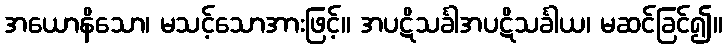
အယောနိသော၊ မသင့်သောအားဖြင့်။ အပဋိသင်္ခါအပဋိသင်္ခါယ၊ မဆင်ခြင်၍။